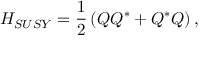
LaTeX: { \cal H } _ { S U S Y } = { \frac { 1 } { 2 } } \left( { \cal Q } { \cal Q } ^ { * } + { \cal Q } ^ { * } { \cal Q } \right) ,